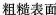
粗糙表面